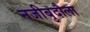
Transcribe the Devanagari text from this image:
नजीबुदौला